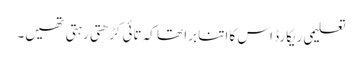
تعلیمی ریکارڈ اس کا اتنا برا تھا کہ تائی کڑھتی رہتی تھیں۔